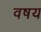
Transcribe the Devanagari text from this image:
वषय